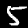
Label: 5